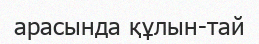
арасында құлын-тай